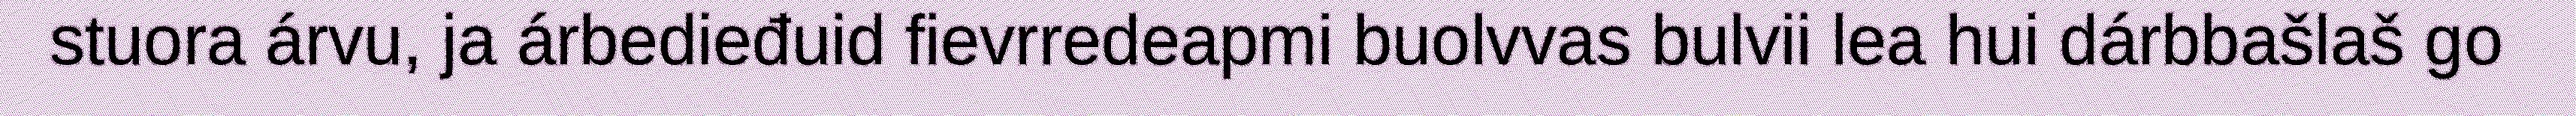
stuora árvu, ja árbedieđuid fievrredeapmi buolvvas bulvii lea hui dárbbašlaš go